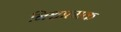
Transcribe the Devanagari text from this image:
निश्चात्मक